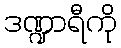
ဒဏ္ဍာရီကို